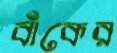
বাঁকের